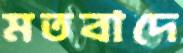
মতবাদে